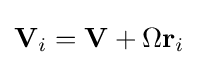
\mathbf {V} _{i}=\mathbf {V} +\Omega \mathbf {r} _{i}